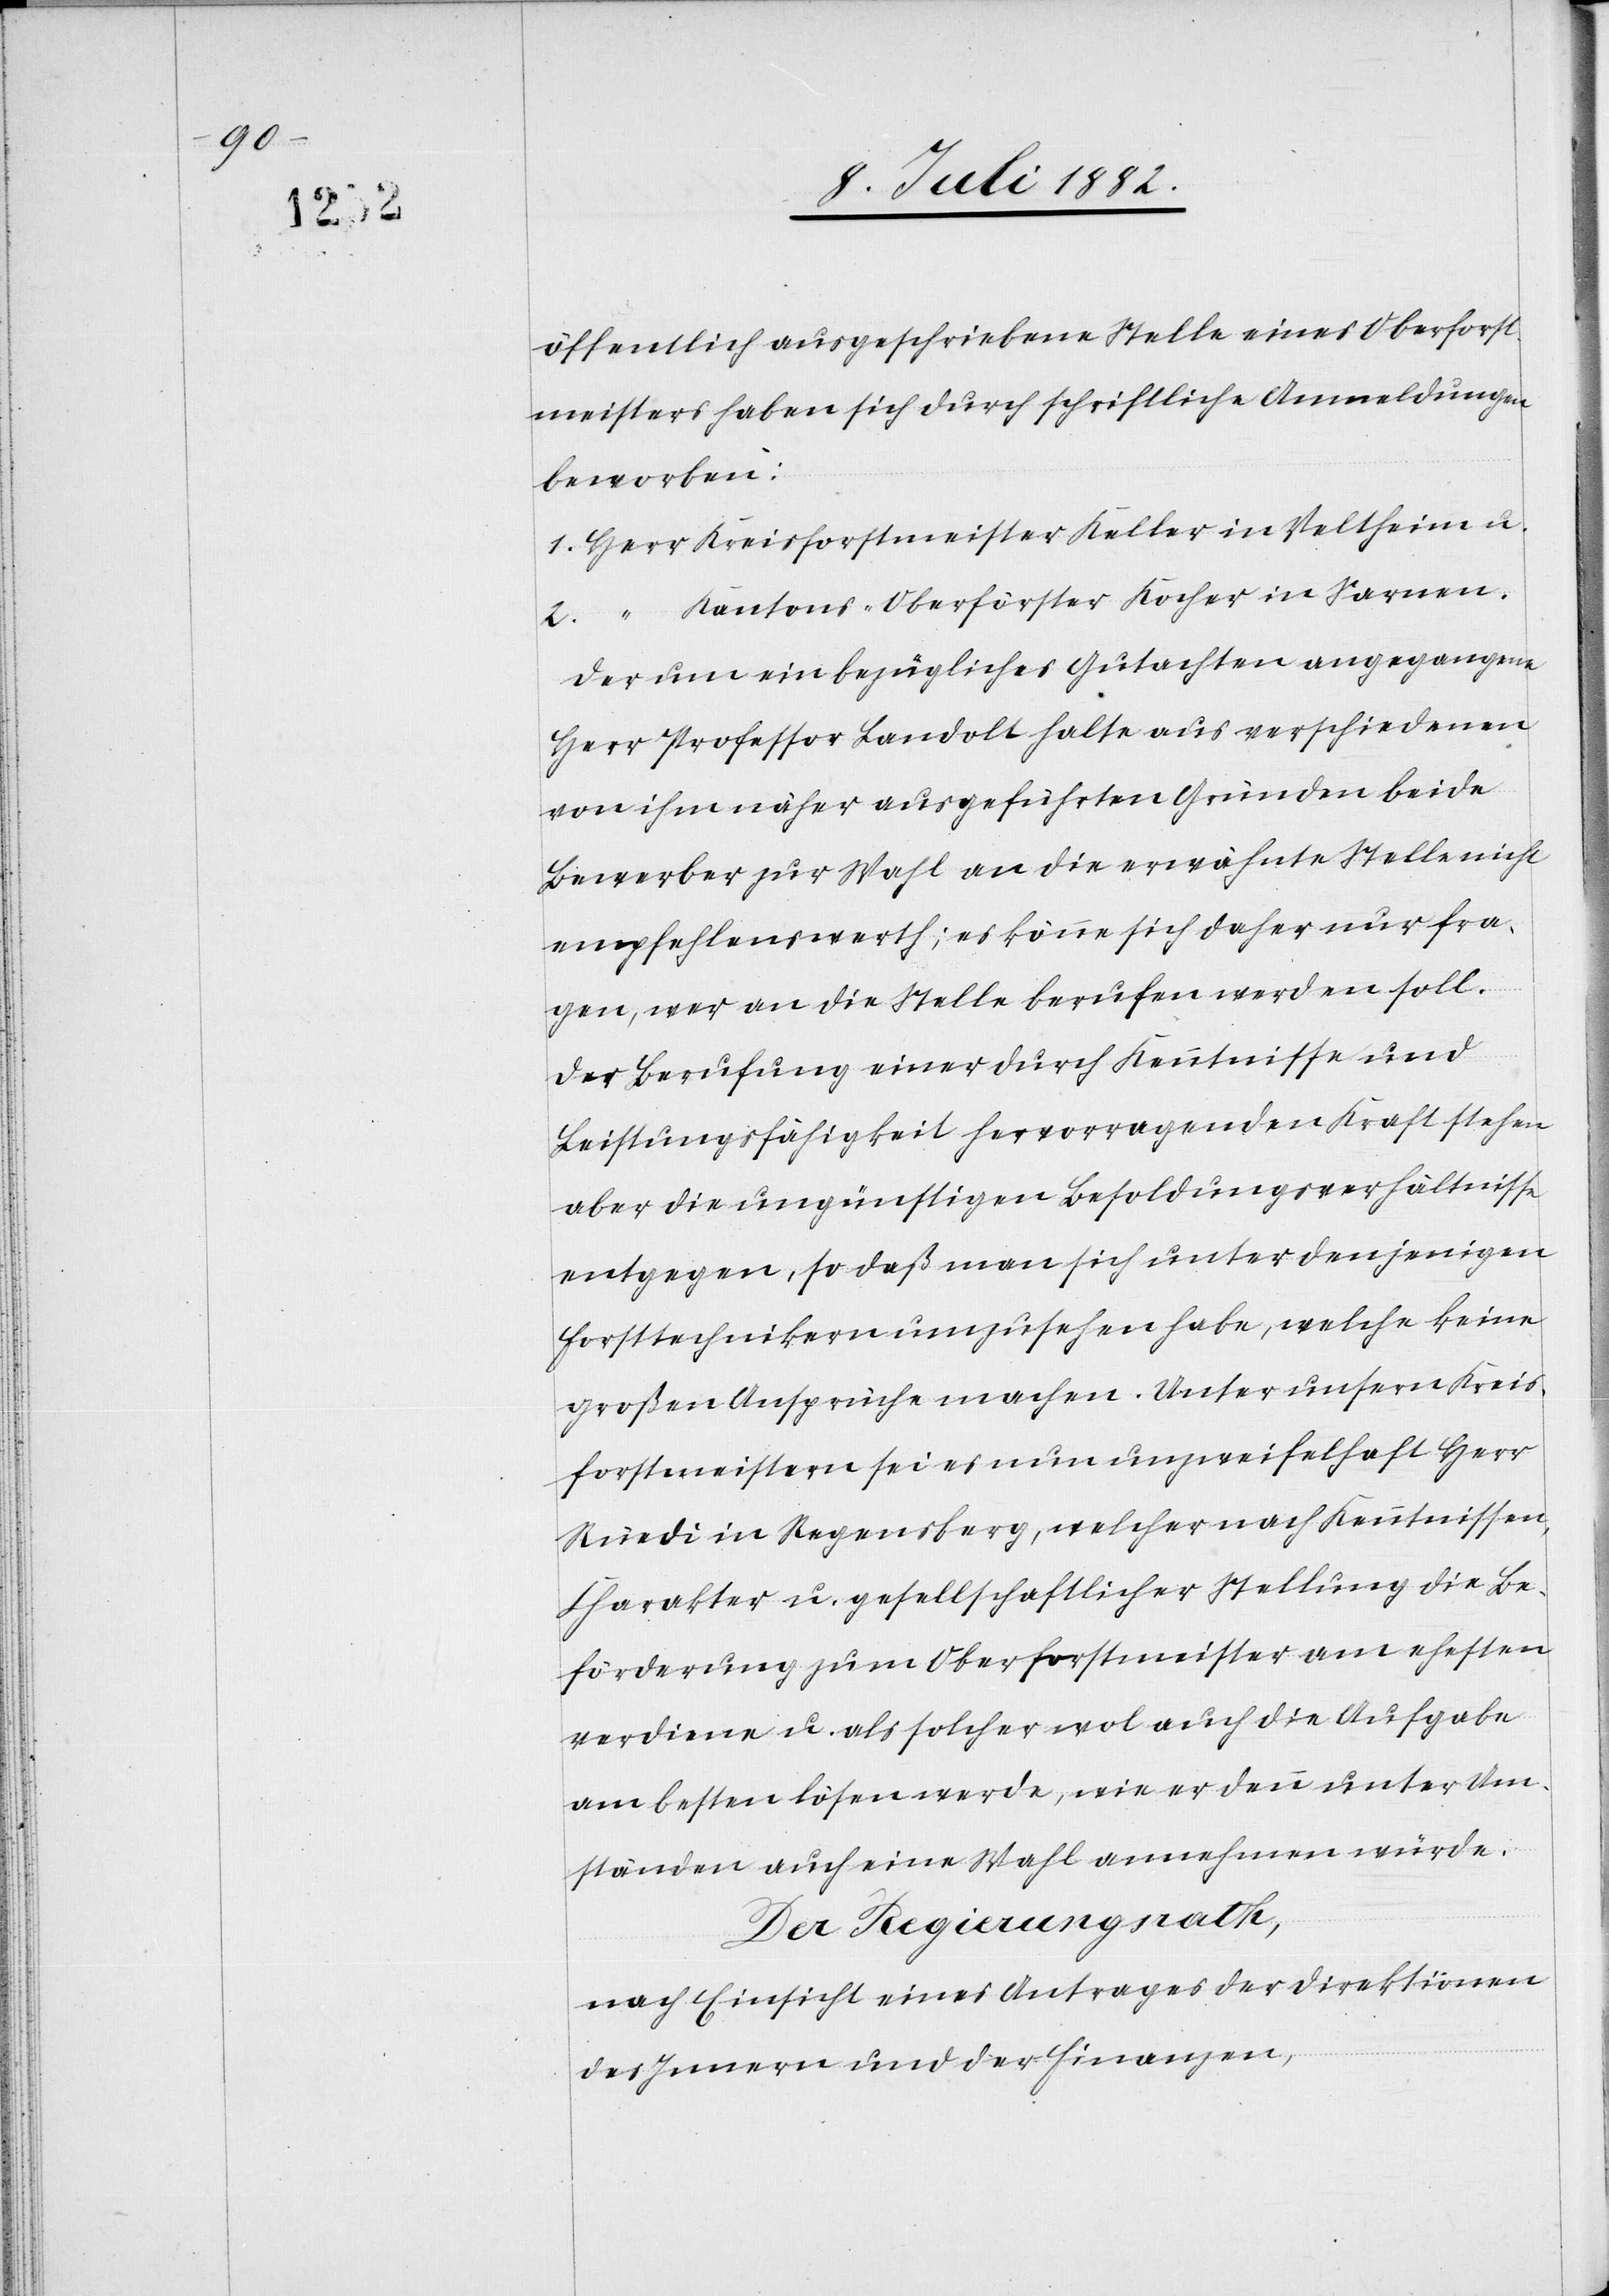
öffentlich ausgeschriebenen Stelle eines Oberforst¬
meisters haben sich durch schriftliche Anmeldungen
beworben:
1. Herr Kreisforstmeister Keller in Veltheim u.
2. “ Kantons-Oberförster Kocher in Sarnen.
Der um ein bezügliches Gutachten angegangene
Herr Professor Landolt halte aus verschiedenen
von ihm näher ausgeführten Gründen beide
Bewerber zur Wahl an die erwähnte Stelle nicht
empfehlenswerth; es könne sich daher nur fra¬
gen, wer an die Stelle berufen werden soll.
Der Berufung einer durch Kenntnisse und
Leistungsfähigkeit hervorragenden Kraft stehen
aber die ungünstigen Besoldungsverhältnisse
entgegen, so daß man sich unter denjenigen
Forsttechnikern umzusehen habe, welche keine
großen Ansprüche machen. Unter unsern Kreis¬
forstmeistern sei es nun unzweifelhaft Herr
Rüedi in Regensberg, welcher nach Kenntnissen,
Charakter u. gesellschaftlicher Stellung die Be¬
förderung zum Oberforstmeister am ehesten
verdiene u. als solcher wol auch die Aufgabe
am besten lösen werde, wie er denn unter Um¬
ständen auch eine Wahl annehmen würde.
Der Regierungsrath,
nach Einsicht eines Antrages der Direktionen
des Innern und der Finanzen,